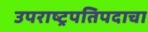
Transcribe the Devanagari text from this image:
उपराष्ट्रपतिपदाचा